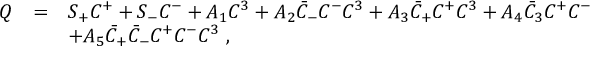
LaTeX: \begin{array} { r c l } { { Q } } & { { = } } & { { S _ { + } C ^ { + } + S _ { - } C ^ { - } + A _ { 1 } C ^ { 3 } + A _ { 2 } \bar { C } _ { - } C ^ { - } C ^ { 3 } + A _ { 3 } \bar { C } _ { + } C ^ { + } C ^ { 3 } + A _ { 4 } \bar { C } _ { 3 } C ^ { + } C ^ { - } } } \\ { { } } & { { } } & { { + A _ { 5 } \bar { C } _ { + } \bar { C } _ { - } C ^ { + } C ^ { - } C ^ { 3 } ~ , } } \end{array}